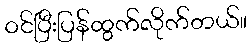
ဝင်ပြီးပြန်ထွက်လိုက်တယ်။